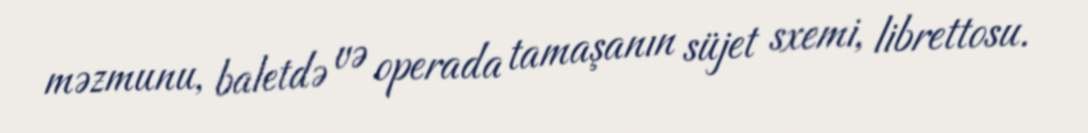
məzmunu, baletdə və operada tamaşanın süjet sxemi, librettosu.